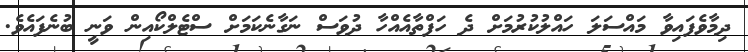
ދިމާވެފައިވާ މައްސަލަ ހައްލުކުރުމަށް ދެ ހަފްތާއެއްހާ ދުވަސް ނަގާނެކަމަށް ސްޓެލްކޯއިން ވަނީ ބުނެފައެވެ.